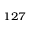
^ { 1 2 7 }